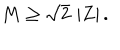
LaTeX: M \geq \sqrt { 2 } \, \left| Z \right| .